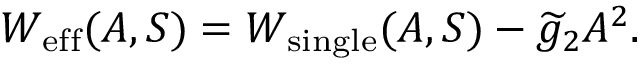
W _ { \mathrm { e f f } } ( A , S ) = { { W } } _ { \mathrm { s i n g l e } } ( A , S ) - \widetilde { g } _ { 2 } A ^ { 2 } .